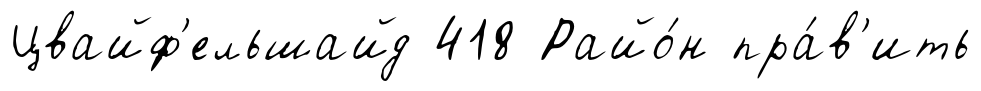
Цвайф'ельшайд 418 Райо́н пра́в'ить